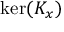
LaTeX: \ker ( K _ { x } )